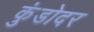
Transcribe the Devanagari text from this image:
कुंडोदर